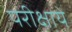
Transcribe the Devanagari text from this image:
परीक्षाये